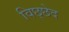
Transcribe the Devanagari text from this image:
विछ्छेद